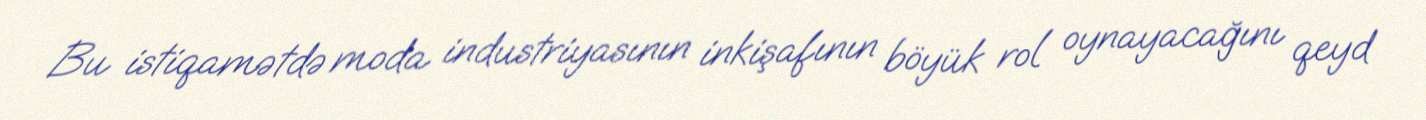
Bu istiqamətdə moda industriyasının inkişafının böyük rol oynayacağını qeyd